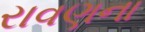
રાવણના